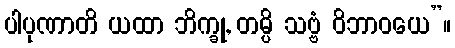
ပါပုဏာတိ ယထာ ဘိက္ခု, တမ္ပိ သဗ္ဗံ ဝိဘာဝယေ”။